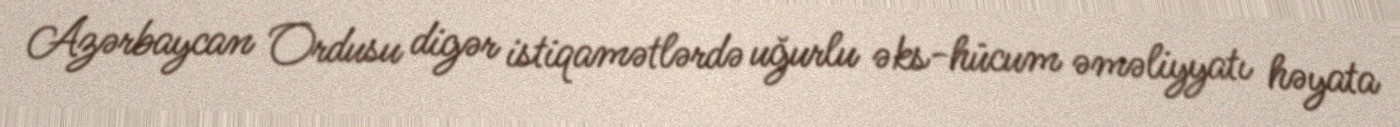
Azərbaycan Ordusu digər istiqamətlərdə uğurlu əks-hücum əməliyyatı həyata